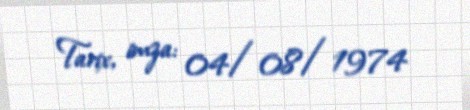
Tarix, imza: 04/08/1974